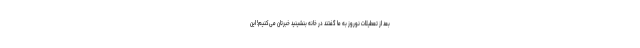
بعد از تعطیلات نوروز به ما گفتند در خانه بنشینید خبرتان می‌کنیم! این